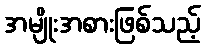
အမျိုးအစားဖြစ်သည့်